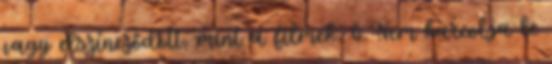
vagy elszíneződött, mint a filmek; 6. Nem karcolja le